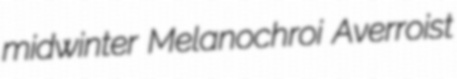
midwinter Melanochroi Averroist